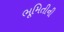
ભૂમિતીની